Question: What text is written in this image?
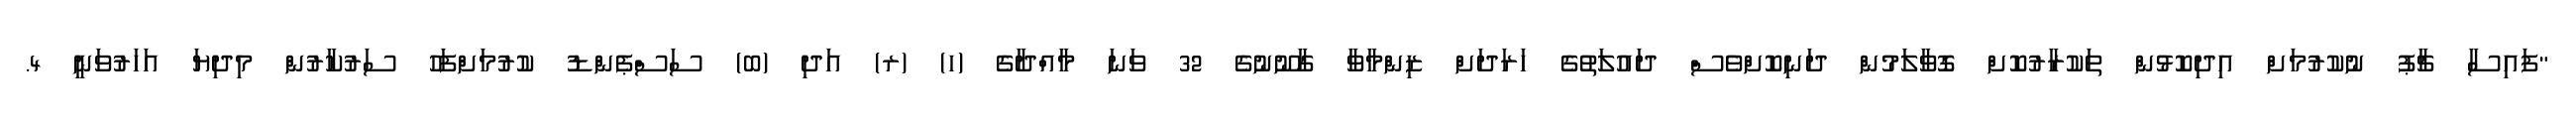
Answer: "ފައިސާ ޗާޕު ނުކުރުމަށް އިދިކޮޅުން ތަކުރާރުކޮށް ގޮވާލަމުން ދަނިކޮށްވެސް ދައުލަތުގެ ހަރަދަށް ޒިންމާވާ ގާނޫނުގެ 32 ވަނަ މާއްދާގެ (ހ) (ރ) އަދި (ބ) ސަސްޕެންޑު ކުރުމަށްފަހު ސަރުކާރުން މިދިޔަ އަހަރުވަނީ 4.